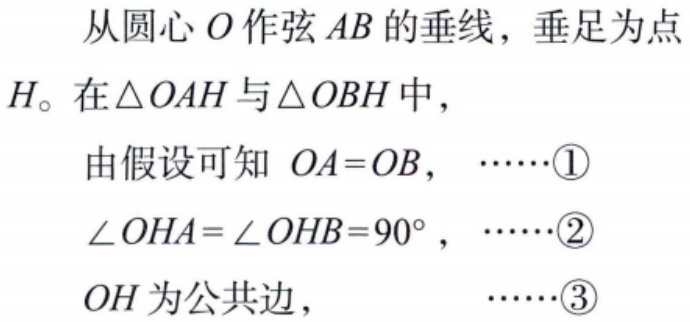
从圆心\(O\)作弦\(AB\)的垂线，垂足为点\(H\)。在\(\triangle OAH\)与\(\triangle OBH\)中，
由假设可知 \(OA = OB\)， \(\cdots\cdots\textcircled{1}\)
\(\angle OHA=\angle OHB = 90^{\circ}\)， \(\cdots\cdots\textcircled{2}\)
\(OH\)为公共边， \(\cdots\cdots\textcircled{3}\)